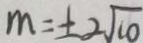
m = \pm 2 \sqrt { 1 0 }